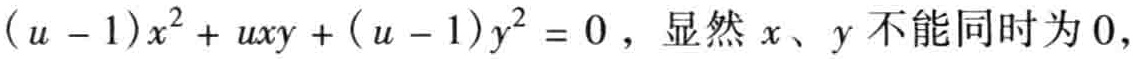
\((u - 1)x^{2}+ uxy + (u - 1)y^{2} = 0，显然x、y不能同时为0\)